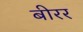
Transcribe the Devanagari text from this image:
बीरर